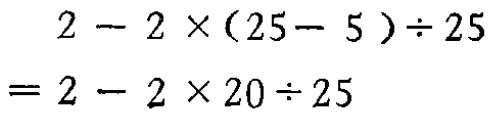
\[
\begin{align*}
&2 - 2\times(25 - 5)\div25\\
=&2 - 2\times20\div25
\end{align*}
\]